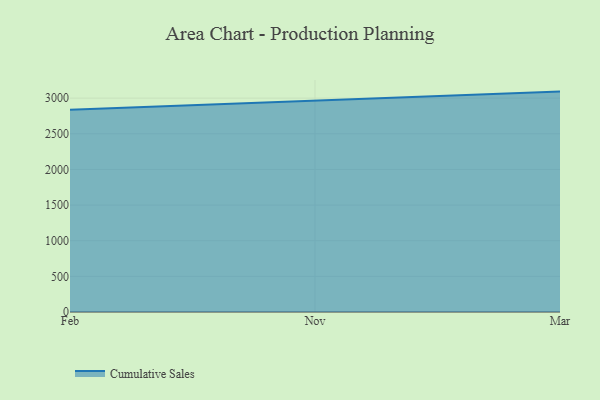
{"axis": {"x": "Month", "y": "Latency (ms)"}, "legend": ["Cumulative Sales"], "data": [{"x": "Feb", "y": 2837.4, "type": "Cumulative Sales"}, {"x": "Nov", "y": 2963.2, "type": "Cumulative Sales"}, {"x": "Mar", "y": 3091.9, "type": "Cumulative Sales"}]}